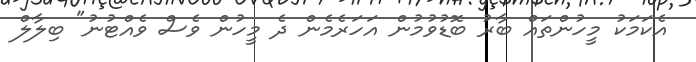
އެކަމަކު މީހުންތައް ބާރު ބޮޑުވުުމުން އަހަރެމެން ދެ މީހުން ވެސް ވެއްޓުނު" ބިލާލް